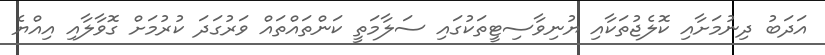
އަދަބު ދިނުމަށާއި ކޮލެޖުތަކާއި ޔުނިވާސިޓީތަކުގައި ސަލާމަތީ ކަންތައްތައް ވަރުގަދަ ކުރުމަށް ގޮވާލާއި އިއްޔެ